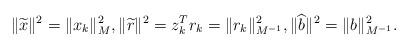
LaTeX: \begin{align*} \Vert\widetilde x\Vert^2 = \Vert x_k \Vert_M^2, \Vert\widetilde r\Vert^2 = z_k^Tr_k = \Vert r_k \Vert_{M^{-1}}^2, \Vert\widehat b\Vert^2 = \Vert b \Vert_{M^{-1}}^2.\end{align*}